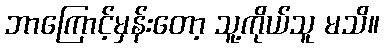
ဘာကြောင့်မှန်းတော့ သူ့ကိုယ်သူ မသိ။